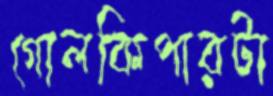
গোলকিপারটা